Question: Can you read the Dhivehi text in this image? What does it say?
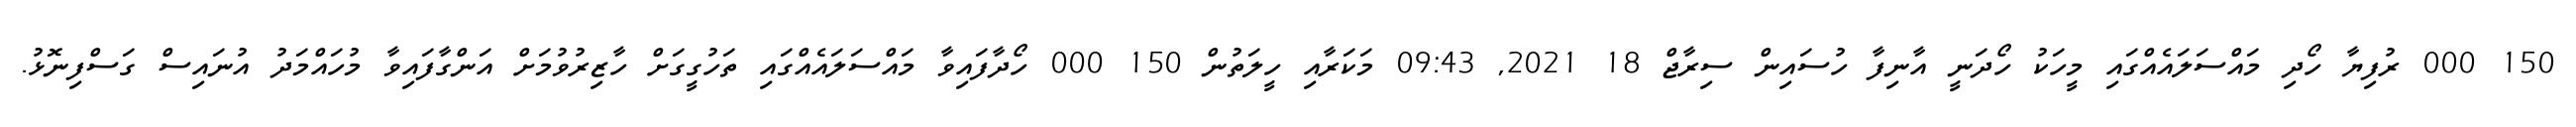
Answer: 150 000 ރުފިޔާ ހޯދި މައްސަލައެއްގައި މީހަކު ހޯދަނީ އާނިފާ ހުސައިން ސިރާޖް 18 2021, 09:43 މަކަރާއި ހީލަތުން 150 000 ހޯދާފައިވާ މައްސަލައެއްގައި ތަހުގީގަށް ހާޒިރުވުމަށް އަންގާފައިވާ މުހައްމަދު އުނައިސް ގަސްފިނޮޅު.